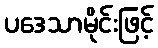
ပဒေသာမိုင်းဖြင့်